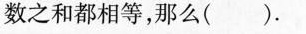
数之和都相等，那么( )